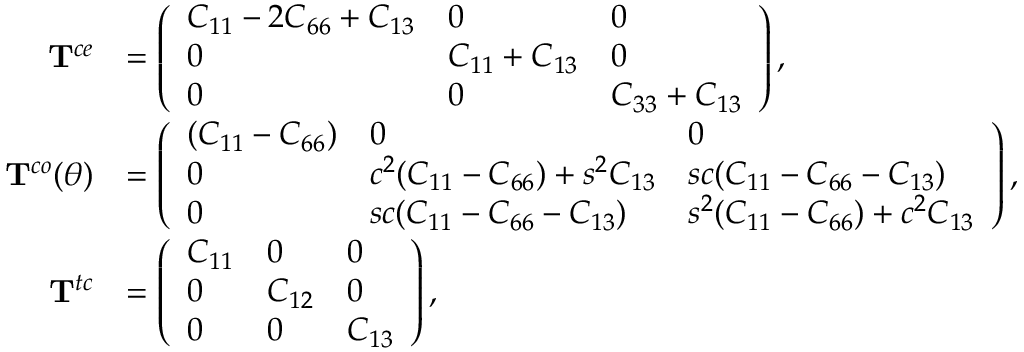
\begin{array} { r l } { \mathbf { T } ^ { c e } } & { = \left( \begin{array} { l l l } { C _ { 1 1 } - 2 C _ { 6 6 } + C _ { 1 3 } } & { 0 } & { 0 } \\ { 0 } & { C _ { 1 1 } + C _ { 1 3 } } & { 0 } \\ { 0 } & { 0 } & { C _ { 3 3 } + C _ { 1 3 } } \end{array} \right) , } \\ { \mathbf { T } ^ { c o } ( \theta ) } & { = \left( \begin{array} { l l l } { ( C _ { 1 1 } - C _ { 6 6 } ) } & { 0 } & { 0 } \\ { 0 } & { c ^ { 2 } ( C _ { 1 1 } - C _ { 6 6 } ) + s ^ { 2 } C _ { 1 3 } } & { s c ( C _ { 1 1 } - C _ { 6 6 } - C _ { 1 3 } ) } \\ { 0 } & { s c ( C _ { 1 1 } - C _ { 6 6 } - C _ { 1 3 } ) } & { s ^ { 2 } ( C _ { 1 1 } - C _ { 6 6 } ) + c ^ { 2 } C _ { 1 3 } } \end{array} \right) , } \\ { \mathbf { T } ^ { t c } } & { = \left( \begin{array} { l l l } { C _ { 1 1 } } & { 0 } & { 0 } \\ { 0 } & { C _ { 1 2 } } & { 0 } \\ { 0 } & { 0 } & { C _ { 1 3 } } \end{array} \right) , } \end{array}